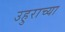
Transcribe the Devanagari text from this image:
उहुराच्या